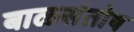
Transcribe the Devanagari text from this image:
बाळसंतोष